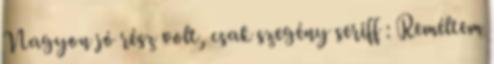
Nagyon jó rész volt, csak szegény seriff : Reméltem